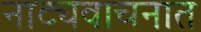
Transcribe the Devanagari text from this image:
नाट्यवाचनात